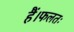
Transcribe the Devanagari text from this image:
हैं।फलतः